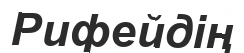
Рифейдің